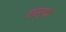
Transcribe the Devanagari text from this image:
आमुक्त